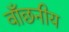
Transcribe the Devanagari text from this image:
वाँछनीय